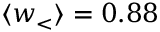
\ensuremath { \langle w _ { < } \rangle } = 0 . 8 8